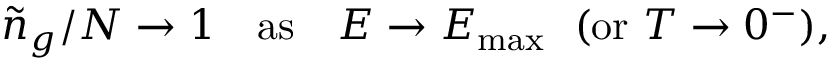
\begin{array} { r } { { \tilde { n } } _ { g } / N \to 1 \quad \mathrm { a s } \quad E \to E _ { \mathrm { m a x } } \ \ ( \mathrm { o r } \ T \to 0 ^ { - } ) , } \end{array}